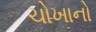
ચોખાનો